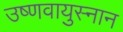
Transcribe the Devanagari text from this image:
उष्णवायुस्नान